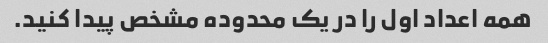
همه اعداد اول را در یک محدوده مشخص پیدا کنید.